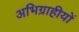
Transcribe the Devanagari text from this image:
अभिग्राहीयों